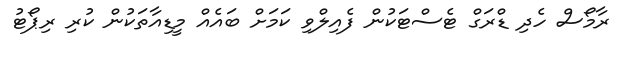
ރާމޯސް ހެދި ޑްރަގް ޓެސްޓަކުން ފެއިލްވި ކަމަށް ބައެއް މީޑިއާތަކުން ކުރި ރިޕޯޓު